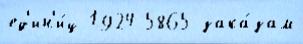
ед'ин'и́ц 1924 5865 зака́зам